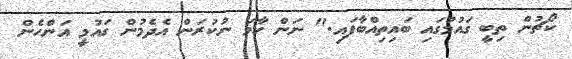
ކޯޗުން ތިބީ ގައުމުގައި ބައިތިއްބާފައި." ނަން ހާމަ ނުކުރަން އެދެމުން ގައުމީ އަންހެން